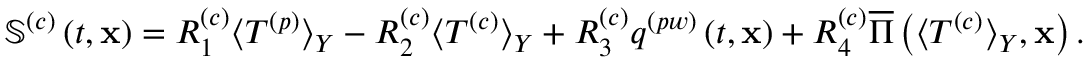
\begin{array} { r } { \boldsymbol { \mathbb { S } } ^ { \left( c \right) } \left( t , \mathbf { x } \right) = R _ { 1 } ^ { \left( c \right) } \langle T ^ { \left( p \right) } \rangle _ { Y } - R _ { 2 } ^ { \left( c \right) } \langle T ^ { \left( c \right) } \rangle _ { Y } + R _ { 3 } ^ { \left( c \right) } q ^ { \left( p w \right) } \left( t , \mathbf { x } \right) + R _ { 4 } ^ { \left( c \right) } \overline { { \Pi } } \left( \langle T ^ { \left( c \right) } \rangle _ { Y } , \mathbf { x } \right) . } \end{array}